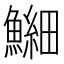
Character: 𫙶